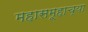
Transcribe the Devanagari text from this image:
महासमूहाच्या